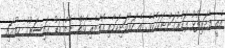
އެއީ އެދަރިފުޅު ފަކުރުގަންނަކަމެކެވެ. އެ ހަރުކަށިކަމާއި އޯގާތެރިކަމެއް ނެތް އަޑު ގައިސަރުގެ ހިތުގައި